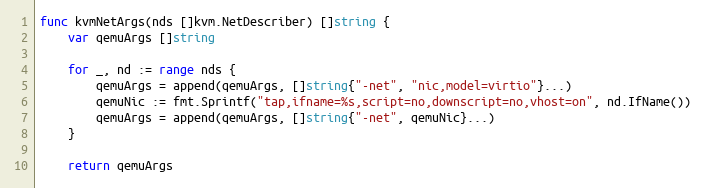
Language: Go
func kvmNetArgs(nds []kvm.NetDescriber) []string {
	var qemuArgs []string

	for _, nd := range nds {
		qemuArgs = append(qemuArgs, []string{"-net", "nic,model=virtio"}...)
		qemuNic := fmt.Sprintf("tap,ifname=%s,script=no,downscript=no,vhost=on", nd.IfName())
		qemuArgs = append(qemuArgs, []string{"-net", qemuNic}...)
	}

	return qemuArgs